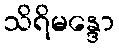
သိရိမန္ဒော